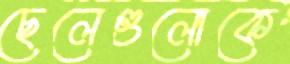
ছেলেগুলোকে